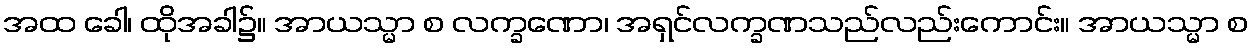
အထ ခေါ၊ ထိုအခါ၌။ အာယသ္မာ စ လက္ခဏော၊ အရှင်လက္ခဏသည်လည်းကောင်း။ အာယသ္မာ စ